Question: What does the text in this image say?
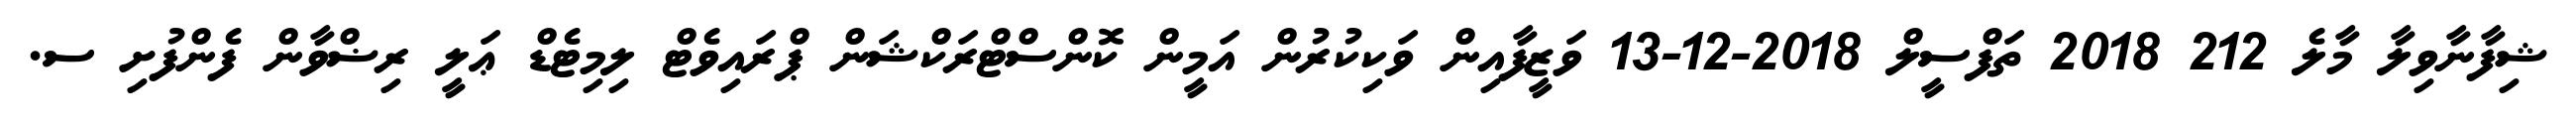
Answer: ޝިފާނާވިލާ މާލެ 212 2018 ތަފްސީލް 2018-12-13 ވަޒީފާއިން ވަކިކުރުން އަމީން ކޮންސްޓްރަކްޝަން ޕްރައިވެޓް ލިމިޓެޑް ޢަލީ ރިޟްވާން ފެންފުށި ސ.